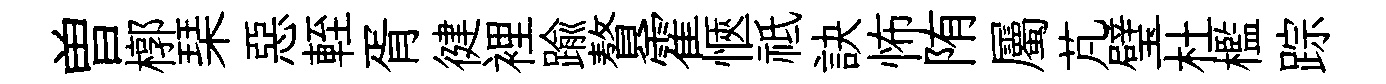
曽槨琹惡輊胥徤裡踰贅霍愜祗訣怖陏屬芃璧杜檻踪